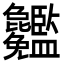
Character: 𥃢